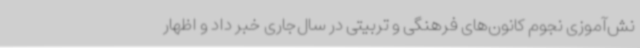
نش‌آموزی نجوم کانون‌های فرهنگی و تربیتی در سال‌جاری خبر داد و اظهار